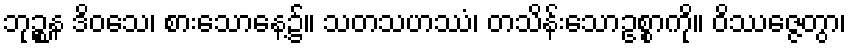
ဘုဉ္စန ဒိဝသေ၊ စားသောနေ့၌။ သတသဟဿံ၊ တသိန်းသောဥစ္စာကို။ ဝိဿဇ္ဇေတွာ၊